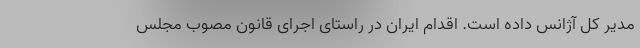
مدیر کل آژانس داده است. اقدام ایران در راستای اجرای قانون مصوب مجلس